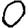
Digit: 0